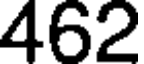
462